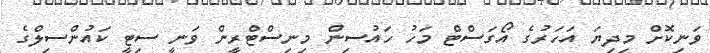
ވަނިކޮށް މިދިޔަ އަހަރުގެ އޯގަސްޓް މަހު ހައުސިން މިނިސްޓްރީން ވަނީ ސިޓީ ކައުންސިލްގެ